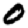
Digit: 0